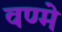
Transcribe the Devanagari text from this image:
वण्मे